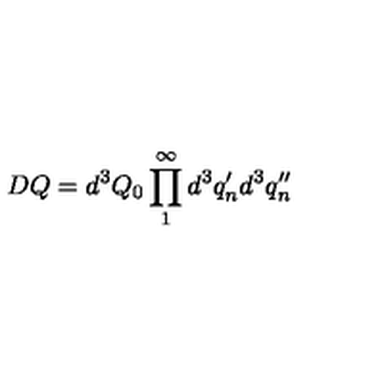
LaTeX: D Q = d ^ { 3 } Q _ { 0 } \prod _ { 1 } ^ { \infty } d ^ { 3 } q _ { n } ^ { \prime } d ^ { 3 } q _ { n } ^ { \prime \prime }